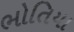
ભોતિયા